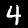
Label: 4